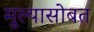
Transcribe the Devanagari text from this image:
मुल्यासोबत